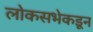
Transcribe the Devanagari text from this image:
लोकसभेकडून